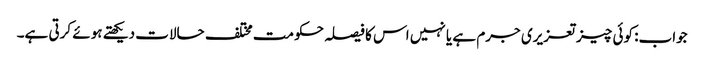
جواب: کوئی چیز تعزیری جرم ہے یا نہیں اس کا فیصلہ حکومت مختلف حالات دیکھتے ہوئے کرتی ہے۔